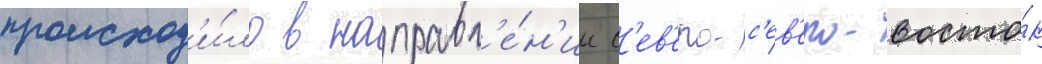
происход'и́ло в направл'е́н'ии с'ев'еро-с'ев'еро-восто́к